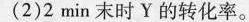
(2)2min末时Y的转化率。